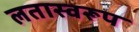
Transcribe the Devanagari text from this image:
लतास्वरूप